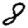
Digit: 8